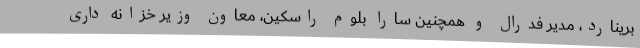
برینارد، مدیر فدرال و همچنین سارا بلوم راسکین، معاون وزیر خزانه داری